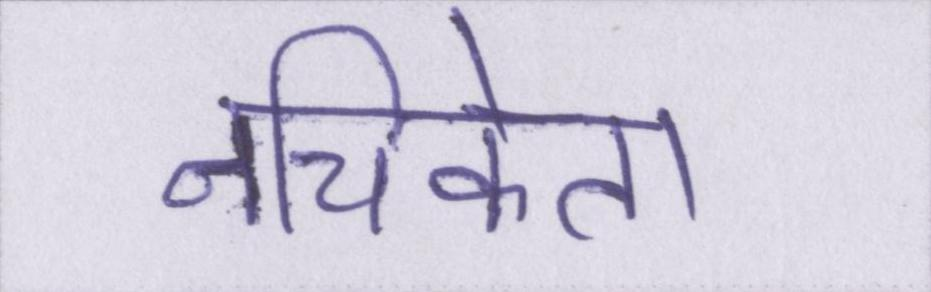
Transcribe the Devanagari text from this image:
नचिकेता